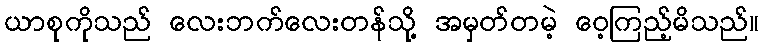
ယာစုကိုသည် လေးဘက်လေးတန်သို့ အမှတ်တမဲ့ ဝေ့ကြည့်မိသည်။